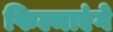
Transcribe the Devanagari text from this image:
फिल्माएंगे